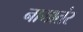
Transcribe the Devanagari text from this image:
नामातंर